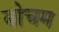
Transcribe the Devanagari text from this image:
बोचम